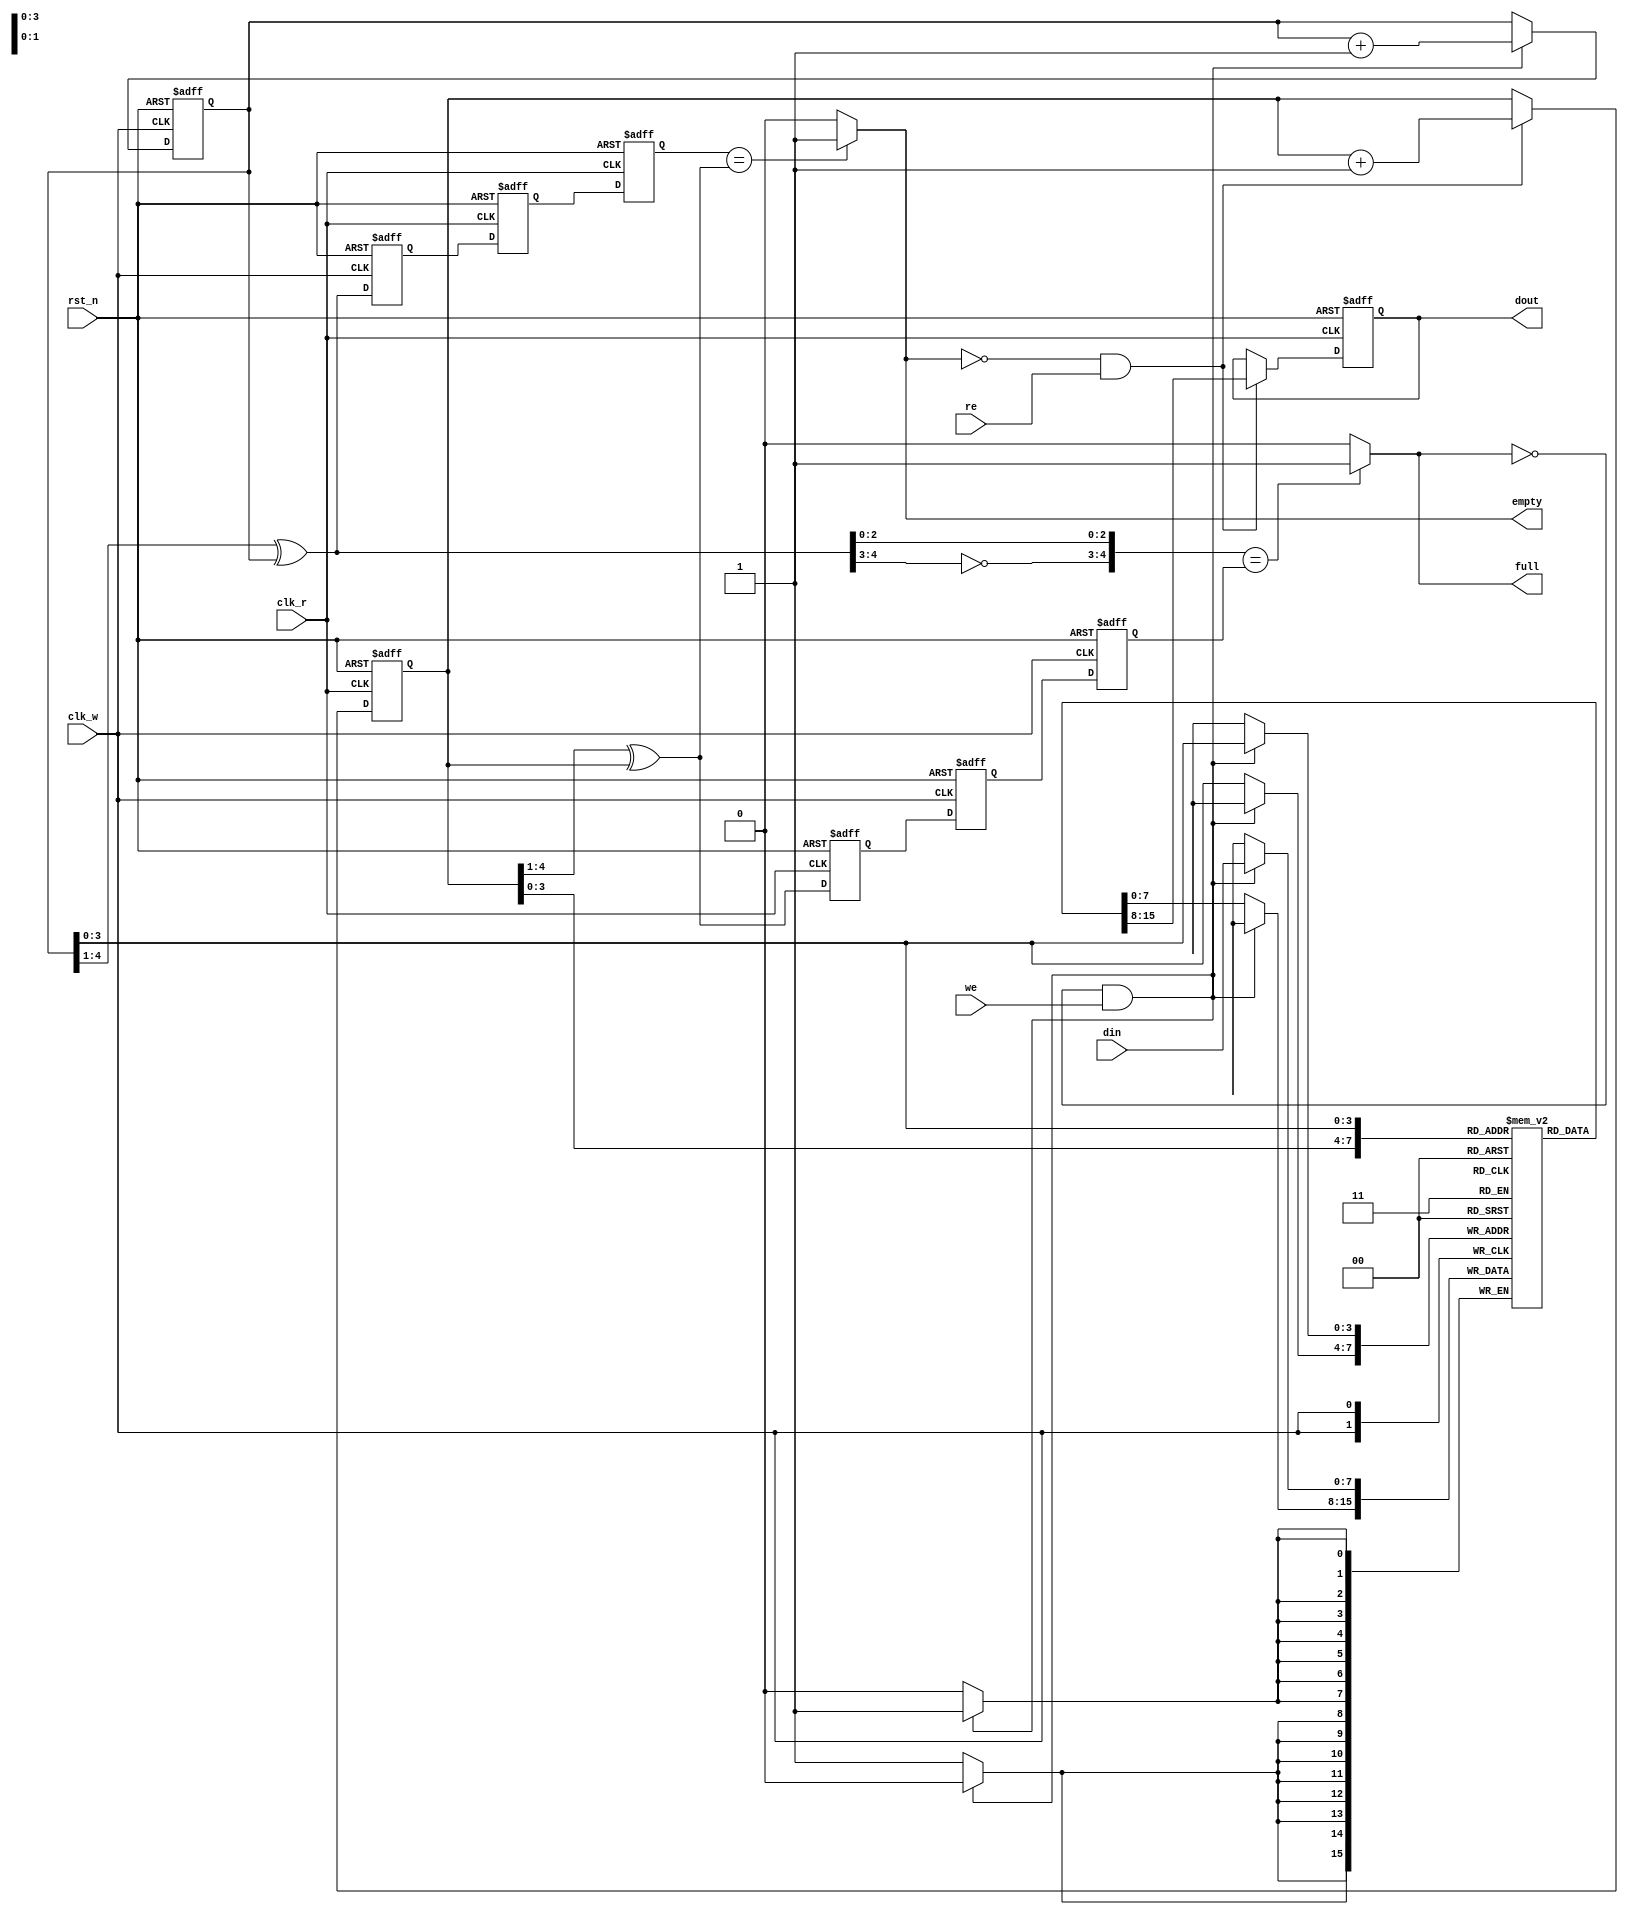
//
// Company: 
// 
// Design Name: 
// Module Name: afifo
// Project Name: 
// Target Devices: 
// Tool Versions: 
// Description: 
// 
// Dependencies: 
// 
// Revision:
// Revision 0.01 - File Created
// Additional Comments:
// 
//
 
module afifo
#(parameter DW = 8,AW = 4)//8FIFO16
(
    input clk_r,
    input clk_w,
    input rst_n,
    input we,
    input re,
    input [DW-1:0]din,
    output reg [DW-1:0]dout,
    output empty,
    output full
    );
// internal signal
parameter Depth = 1 << AW;//depth of FIFO 
reg [DW-1:0]ram[0:Depth-1];
reg [AW:0]wp;  //point
reg [AW:0]rp;
wire [AW:0]wp_g;//Gray point
wire [AW:0]rp_g;
reg [AW:0]wp_m;//mid_point for syn
reg [AW:0]rp_m;
reg [AW:0]wp_s;//point after syn
reg [AW:0]rp_s;

reg [AW:0]wp_gr;//
reg [AW:0]rp_gr;//
// FIFO declaration
// 
assign wp_g = (wp>>1) ^ wp;
assign rp_g = (rp>>1) ^ rp;
// ,?
assign empty = (wp_s == rp_g)?1'b1:1'b0;// ,
assign full = ( {~wp_g[AW:AW-1] , wp_g[AW-2:0]} == {rp_s[AW:AW-1] , rp_s[AW-2:0]} )?1'b1:1'b0;  // ,
// 
always@(posedge clk_r or negedge rst_n)
begin
    if(!rst_n)
        rp <= {AW{1'b0}};
    else if(!empty & re)
        rp <= rp+1'b1;
    else
        rp <= rp;
end
//
always@(posedge clk_w or negedge rst_n)
begin
    if(!rst_n)
        wp <= {AW{1'b0}};
    else if(!full & we)
        wp <= wp+1'b1;
    else
        wp <= wp;
end
// 
always@(posedge clk_r or negedge rst_n)
begin
    if(!rst_n)
        dout <= {DW{1'bz}};
    else if(!empty & re)
        dout <= ram[rp[AW-1:0]];
    else
        dout <= dout;
end
//
always@(posedge clk_w)
begin
    if(!full & we)
        ram[wp[AW-1:0]] <= din;
    else
        ram[wp[AW-1:0]] <= ram[wp[AW-1:0]];
end
// 
// wp_gwp_g
// wp_g
always @(posedge clk_w or negedge rst_n) begin
    if(!rst_n)
        wp_gr <= 1'b0;
    else
        wp_gr <= wp_g;
end
always@(posedge clk_r or negedge rst_n)
begin
    if(!rst_n)
        begin
            wp_m <= {AW{1'b0}};
            wp_s <= {AW{1'b0}};       
        end
    else
        begin
            wp_m <= wp_gr;
            wp_s <= wp_m;    
        end       
end
// 
always @(posedge clk_r or negedge rst_n) begin
    if(!rst_n)
        rp_gr <= 1'b0;
    else
        rp_gr <= rp_g;
end
always@(posedge clk_w or negedge rst_n)
begin
    if(!rst_n)
        begin
            rp_m <= {AW{1'b0}};
            rp_s <= {AW{1'b0}};       
        end
    else
        begin
            rp_m <= rp_gr;
            rp_s <= rp_m;    
        end       
end
endmodule